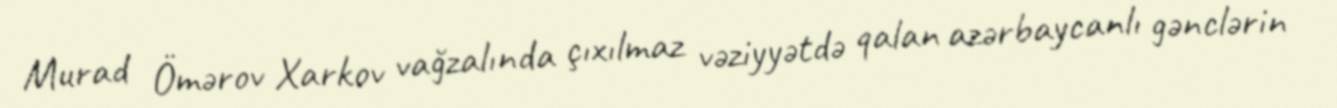
Murad Ömərov Xarkov vağzalında çıxılmaz vəziyyətdə qalan azərbaycanlı gənclərin